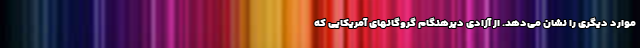
موارد دیگری را نشان می‌دهد. از آزادی دیرهنگام گروگانهای آمریکایی که